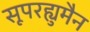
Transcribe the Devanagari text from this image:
सूपरह्युमैन